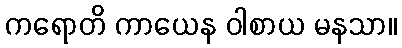
ကရောတိ ကာယေန ဝါစာယ မနသာ။